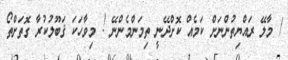
/ މާލޭ ރައްޔިތުންނަށް ކަމެއް ކޮށްދޭނީ ތިމަންމެންނޭ ! މިވާހަކަ ޤަބޫލުކުރާ ގޮތަށްތޯ